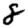
Digit: 8